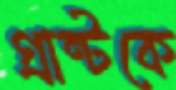
গ্রান্টকে